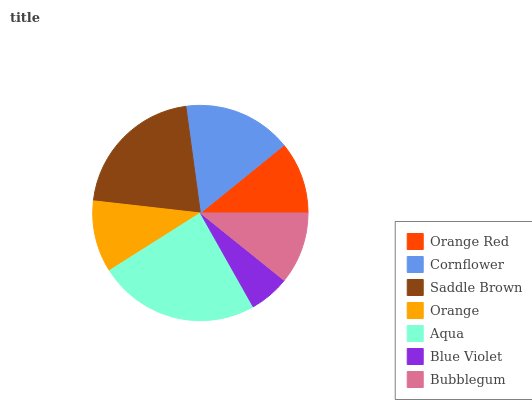
| Orange Red | Cornflower | Saddle Brown | Orange | Aqua | Blue Violet | Bubblegum |
 | --- | --- | --- | --- | --- | --- | --- |
 | 10.9% | 16.3% | 21% | 10.8% | 24.2% | 6.06% | 10.8% |